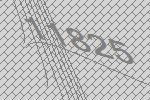
11825